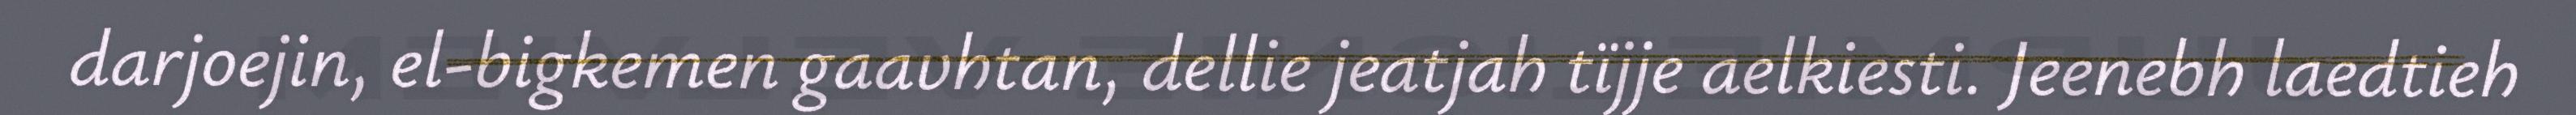
darjoejin, el-bigkemen gaavhtan, dellie jeatjah tïjje aelkiesti. Jeenebh laedtieh